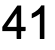
41